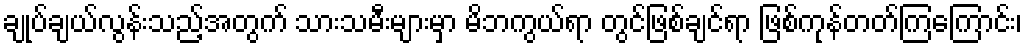
ချုပ်ချယ်လွန်းသည့်အတွက် သားသမီးများမှာ မိဘကွယ်ရာ တွင်ဖြစ်ချင်ရာ ဖြစ်ကုန်တတ်ကြကြောင်း၊